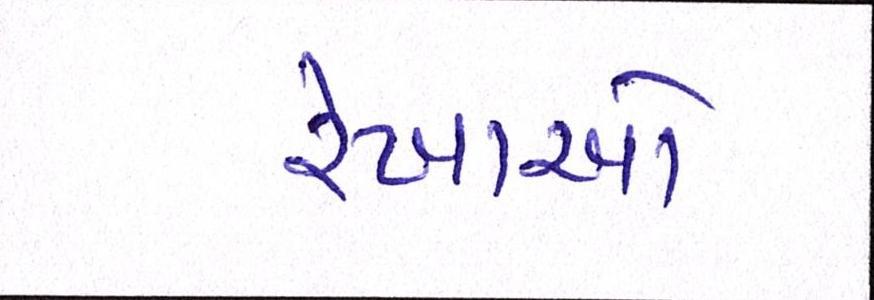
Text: રેખાઓ